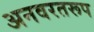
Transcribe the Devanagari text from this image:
अनवरतरूप